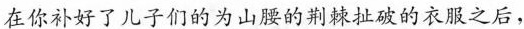
在你补好了儿子们的为山腰的荆棘扯破的衣服之后，